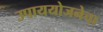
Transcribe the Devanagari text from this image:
उपाययोजनेचा